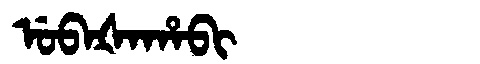
Manchu: ᡠᠪᠠᡧᠠᡥᠠᠪᡳ
Romanization: UBAŠAHABI